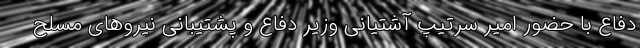
دفاع با حضور امیر سرتیپ آشتیانی وزیر دفاع و پشتیبانی نیروهای مسلح